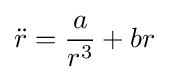
{\ddot {r}}={\frac {a}{r^{3}}}+br